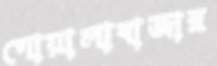
গোয়ালাবাজার